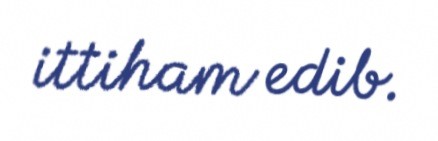
ittiham edib.